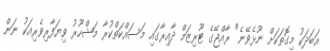
އަބަދަކު މިގޮތަކަށް ނޫޅެވޭނެ" ރާއްޖޭގެ ޓޫރިޒަމް ދާއިރާގައި މަސައްކަތްކުރާ މަޝްހޫރު ވިޔަފާރިވެރިއަކު ނަން